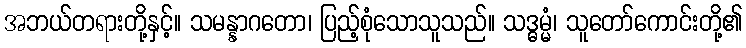
အဘယ်တရားတို့နှင့်။ သမန္နာဂတော၊ ပြည့်စုံသောသူသည်။ သဒ္ဓမ္မံ၊ သူတော်ကောင်းတို့၏